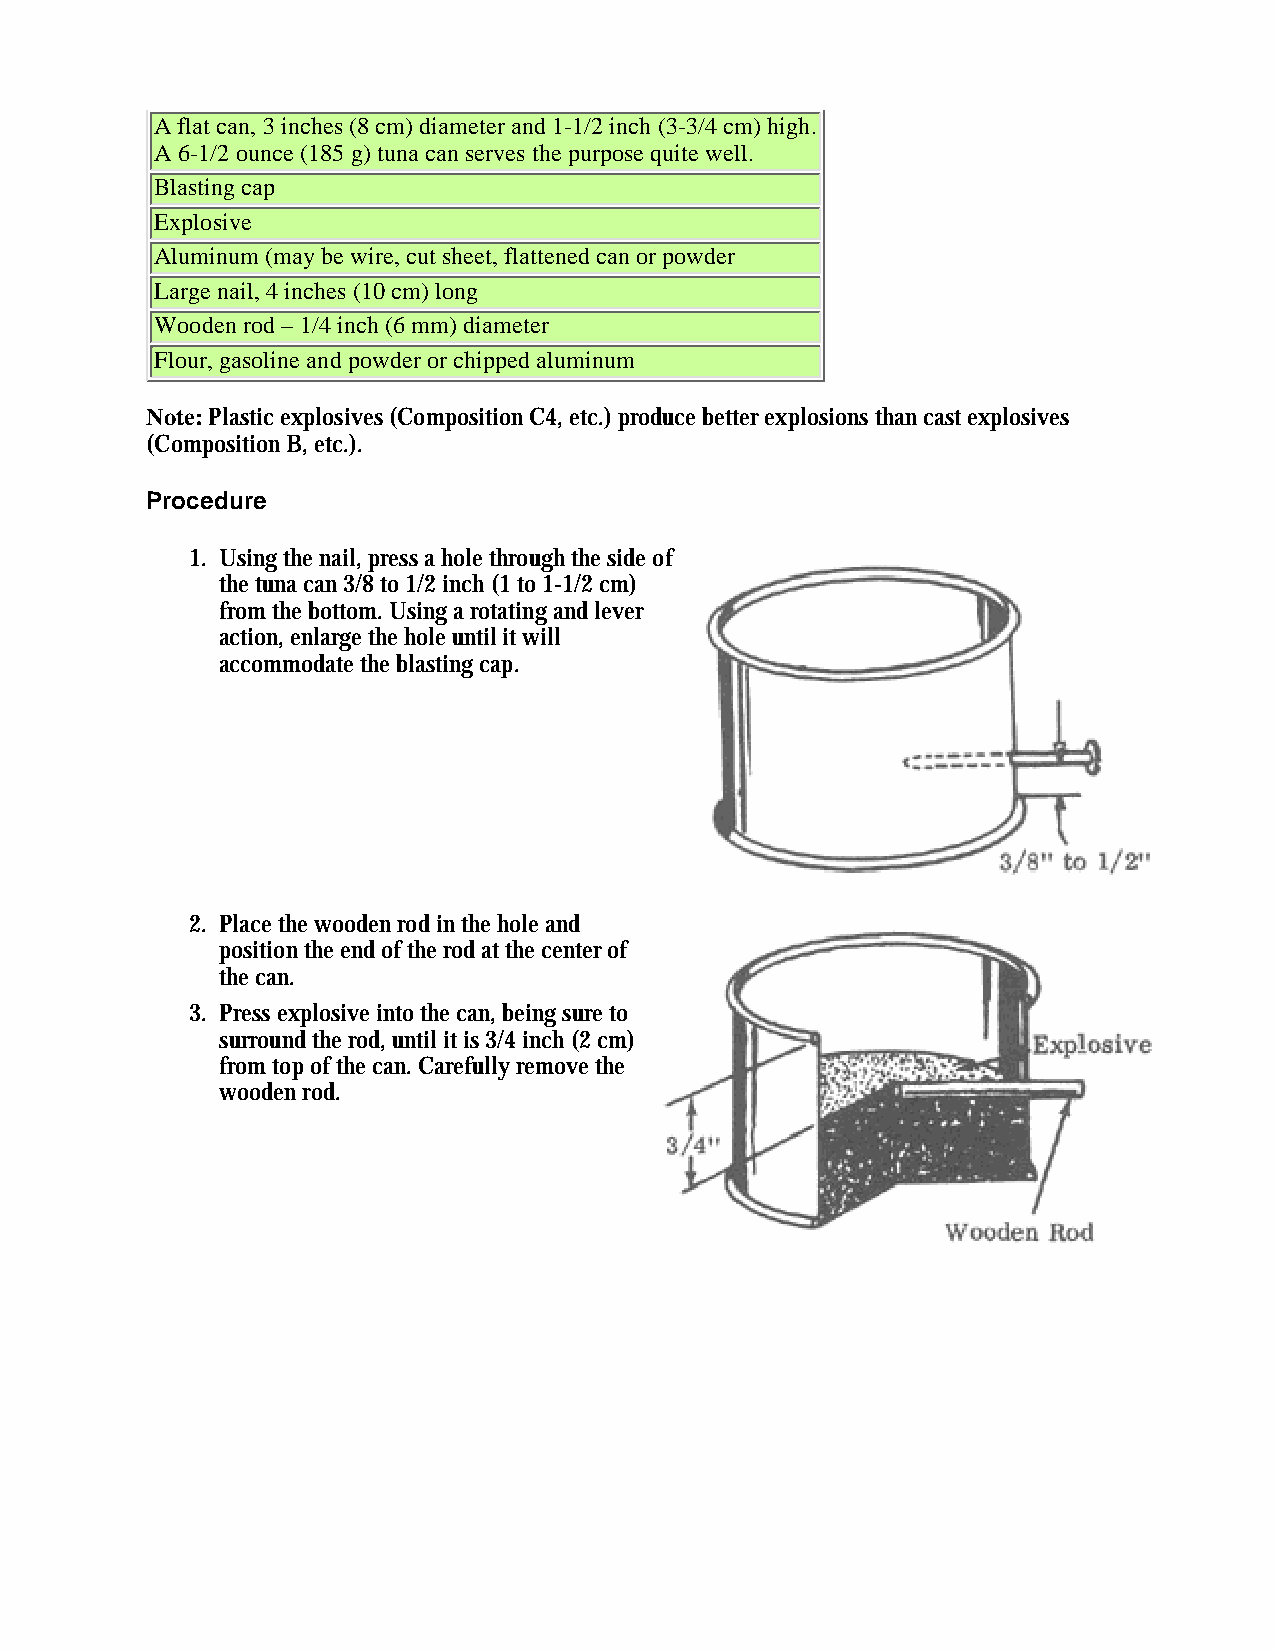
A flat can, 3 inches (8 cm) diameter and 1-1/2 inch (3-3/4 cm) high.
 A 6-1/2 ounce (185 g) tuna can serves the purpose quite well.
 Blasting cap
 Explosive
 Aluminum (may be wire, cut sheet, flattened can or powder
 Large nail, 4 inches (10 cm) long
 Wooden rod – 1/4 inch (6 mm) diameter
 Flour, gasoline and powder or chipped aluminum
 Note: Plastic explosives (Composition C4, etc.) produce better explosions than cast explosives
 (Composition B, etc.).
 Procedure
 1. Using the nail, press a hole through the side of
 the tuna can 3/8 to 1/2 inch (1 to 1-1/2 cm)
 from the bottom. Using a rotating and lever
 action, enlarge the hole until it will
 accommodate the blasting cap.
 2. Place the wooden rod in the hole and
 position the end of the rod at the center of
 the can.
 3. Press explosive into the can, being sure to
 surround the rod, until it is 3/4 inch (2 cm)
 from top of the can. Carefully remove the
 wooden rod.